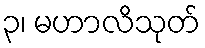
၃၊ မဟာလိသုတ်